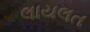
લાયલત